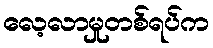
လေ့လာမှုတစ်ရပ်က